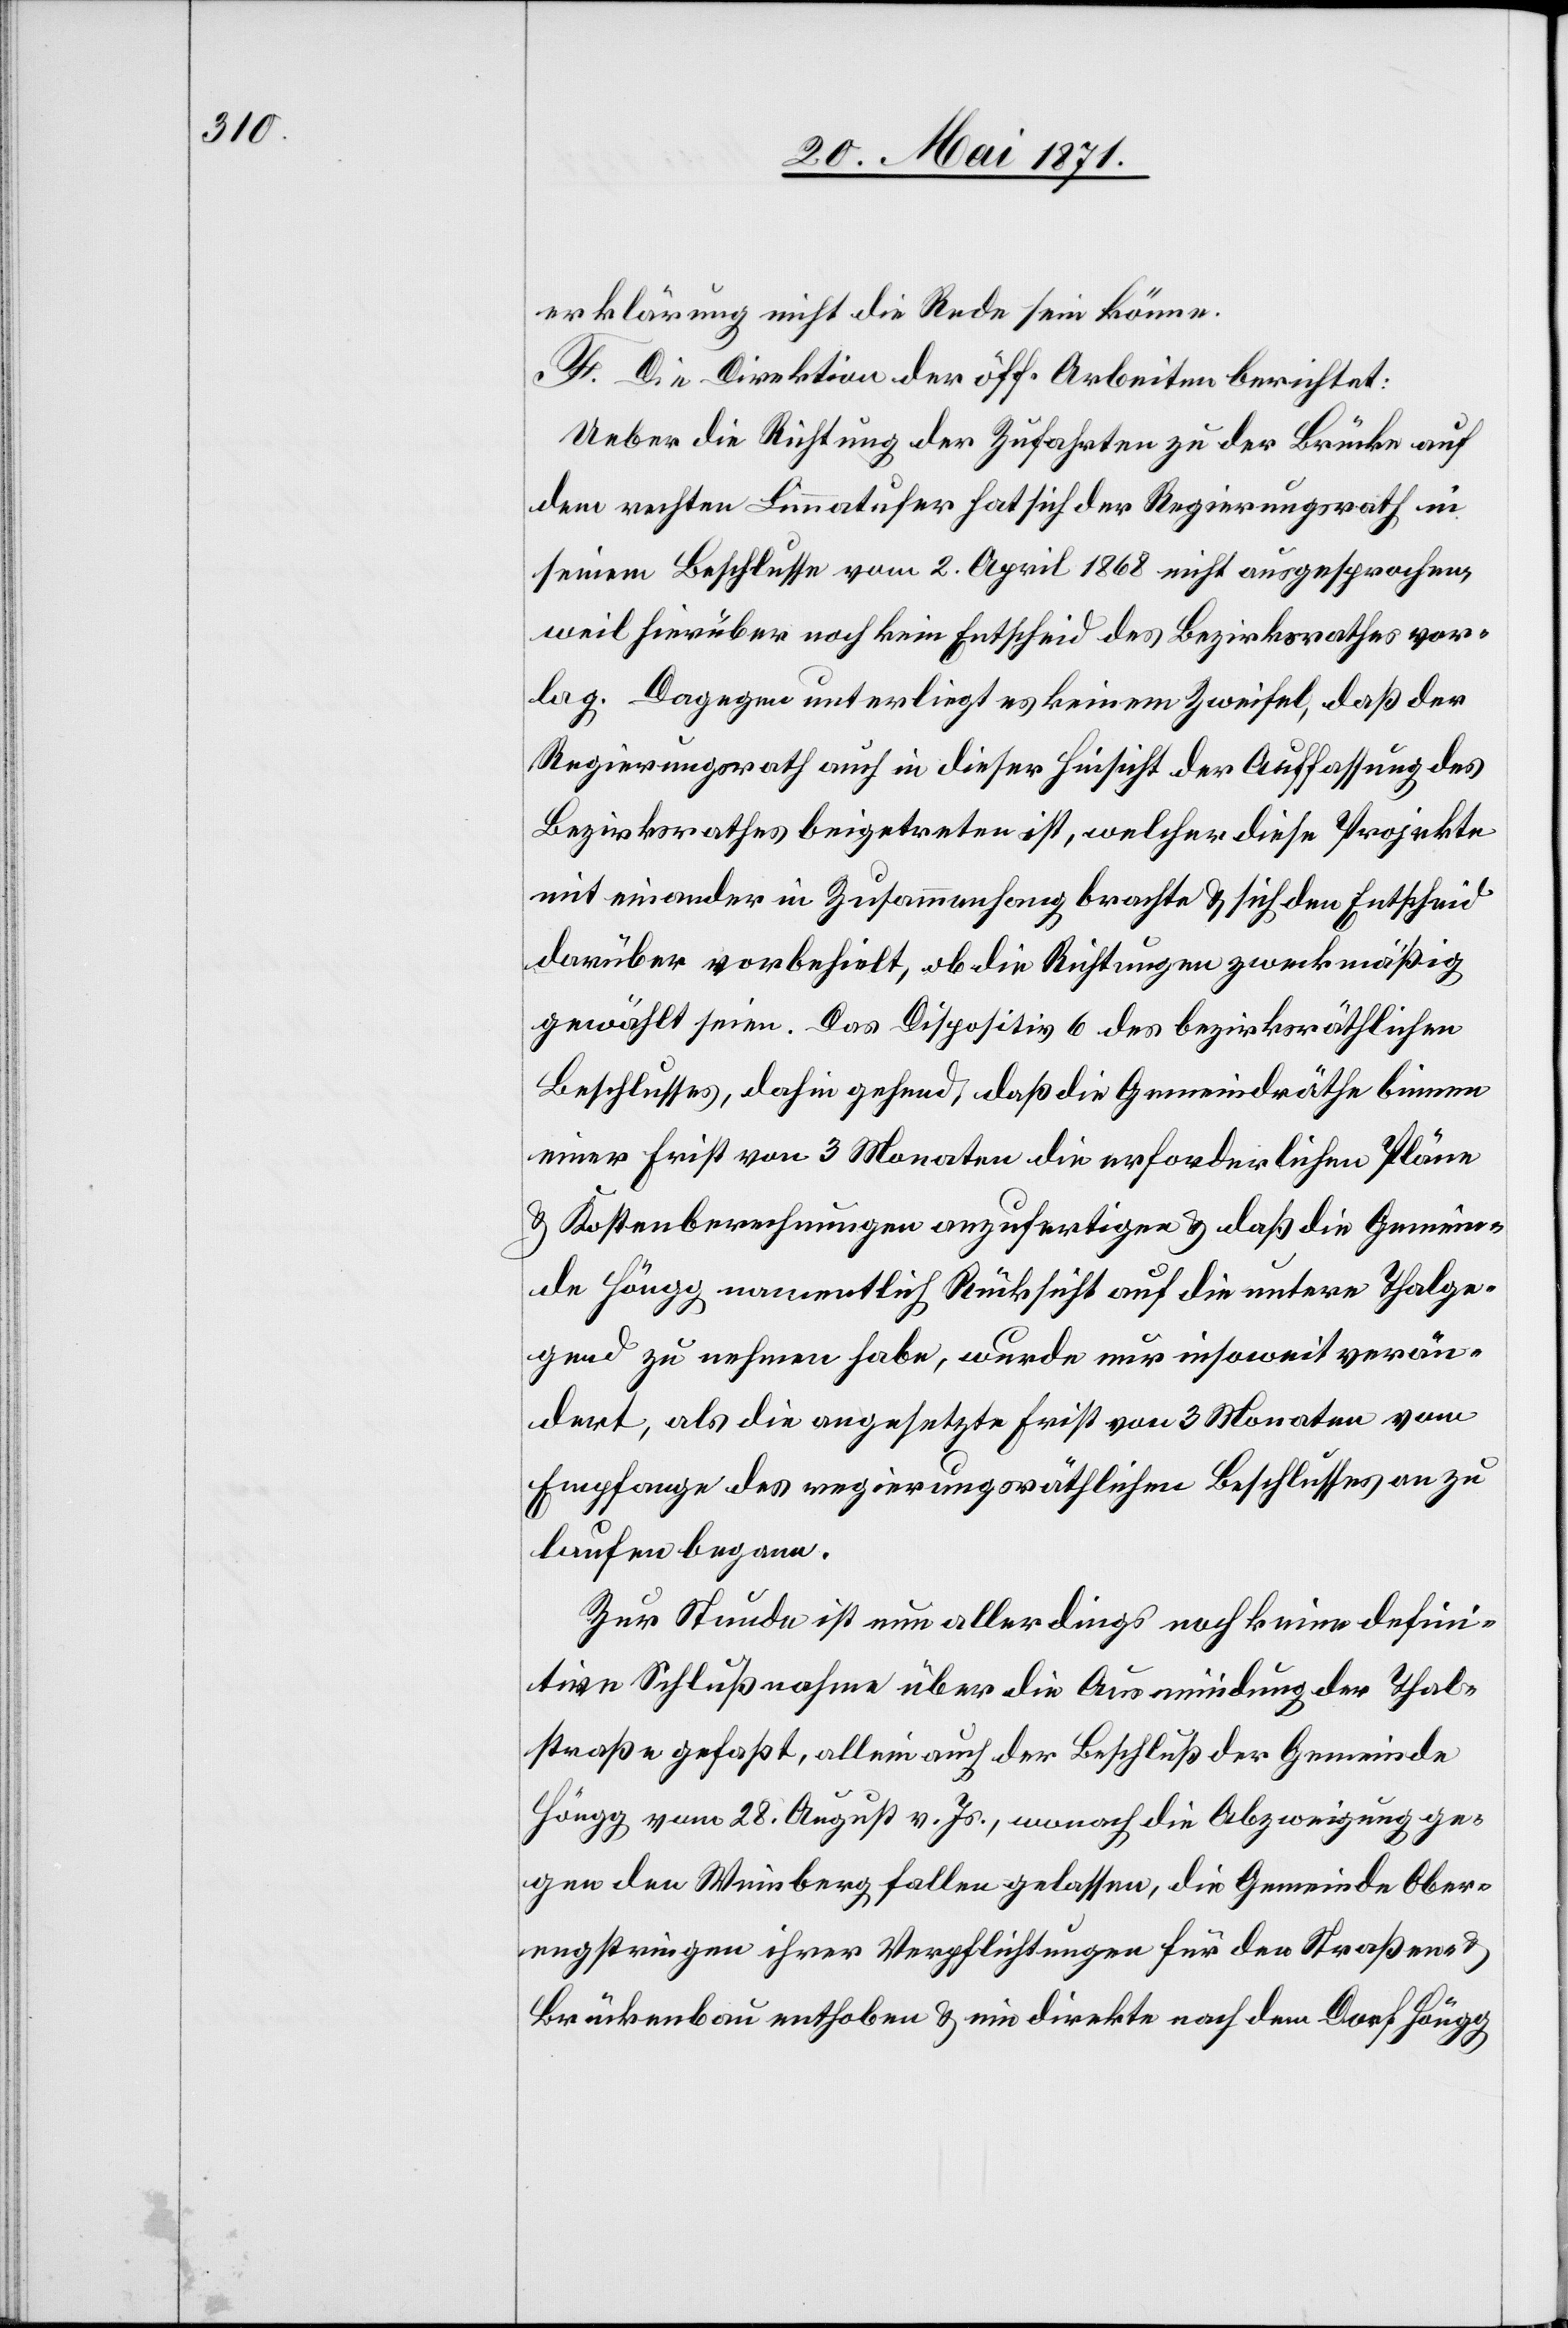
erklärung nicht die Rede sein könne.
F. Die Direktion der öff. Arbeiten berichtet:
Ueber die Richtung der Zufahrten zu der Brücke auf
dem rechten Limmatufer hat sich der Regierungsrath in
seinem Beschlusse vom 2. April 1868 nicht ausgesprochen,
weil hierüber noch kein Entscheid des Bezirksrathes vor¬
lag. Dagegen unterliegt es keinem Zweifel, daß der
Regierungsrath auch in dieser Hinsicht der Auffassung des
Bezirksrathes beigetreten ist, welcher diese Projekte
mit einander in Zusammenhang brachte u. sich den Entscheid
darüber vorbehielt, ob die Richtungen zweckmäßig
gewählt seien. Das Dispositiv 6 des bezirksräthlichen
Beschlusses, dahin gehend, daß die Gemeindräthe binnen
einer Frist von 3 Monaten die erforderlichen Pläne
u. Kostenberechnungen anzufertigen u. daß die Gemein¬
de Höngg namentlich Rücksicht auf die untere Thalge¬
gend zu nehmen habe, wurde nur insoweit verän¬
dert, als die angesetzte Frist von 3 Monaten vom
Empfange des regierungsräthlichen Beschlusses an zu
laufen begann.
Zur Stunde ist nun allerdings noch keine defini¬
tive Schlußnahme über die Ausmündung der Thal¬
straße gefaßt, allein auch der Beschluß der Gemeinde
Höngg vom 28. August v. Js., wonach die Abzweigung ge¬
gen den Weinberg fallen gelassen, die Gemeinde Ober¬
engstringen ihrer Verpflichtungen für den Straßen-
Brückenbau enthoben u. ein direkte nach dem Dorf Höngg